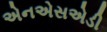
એનએસએડી